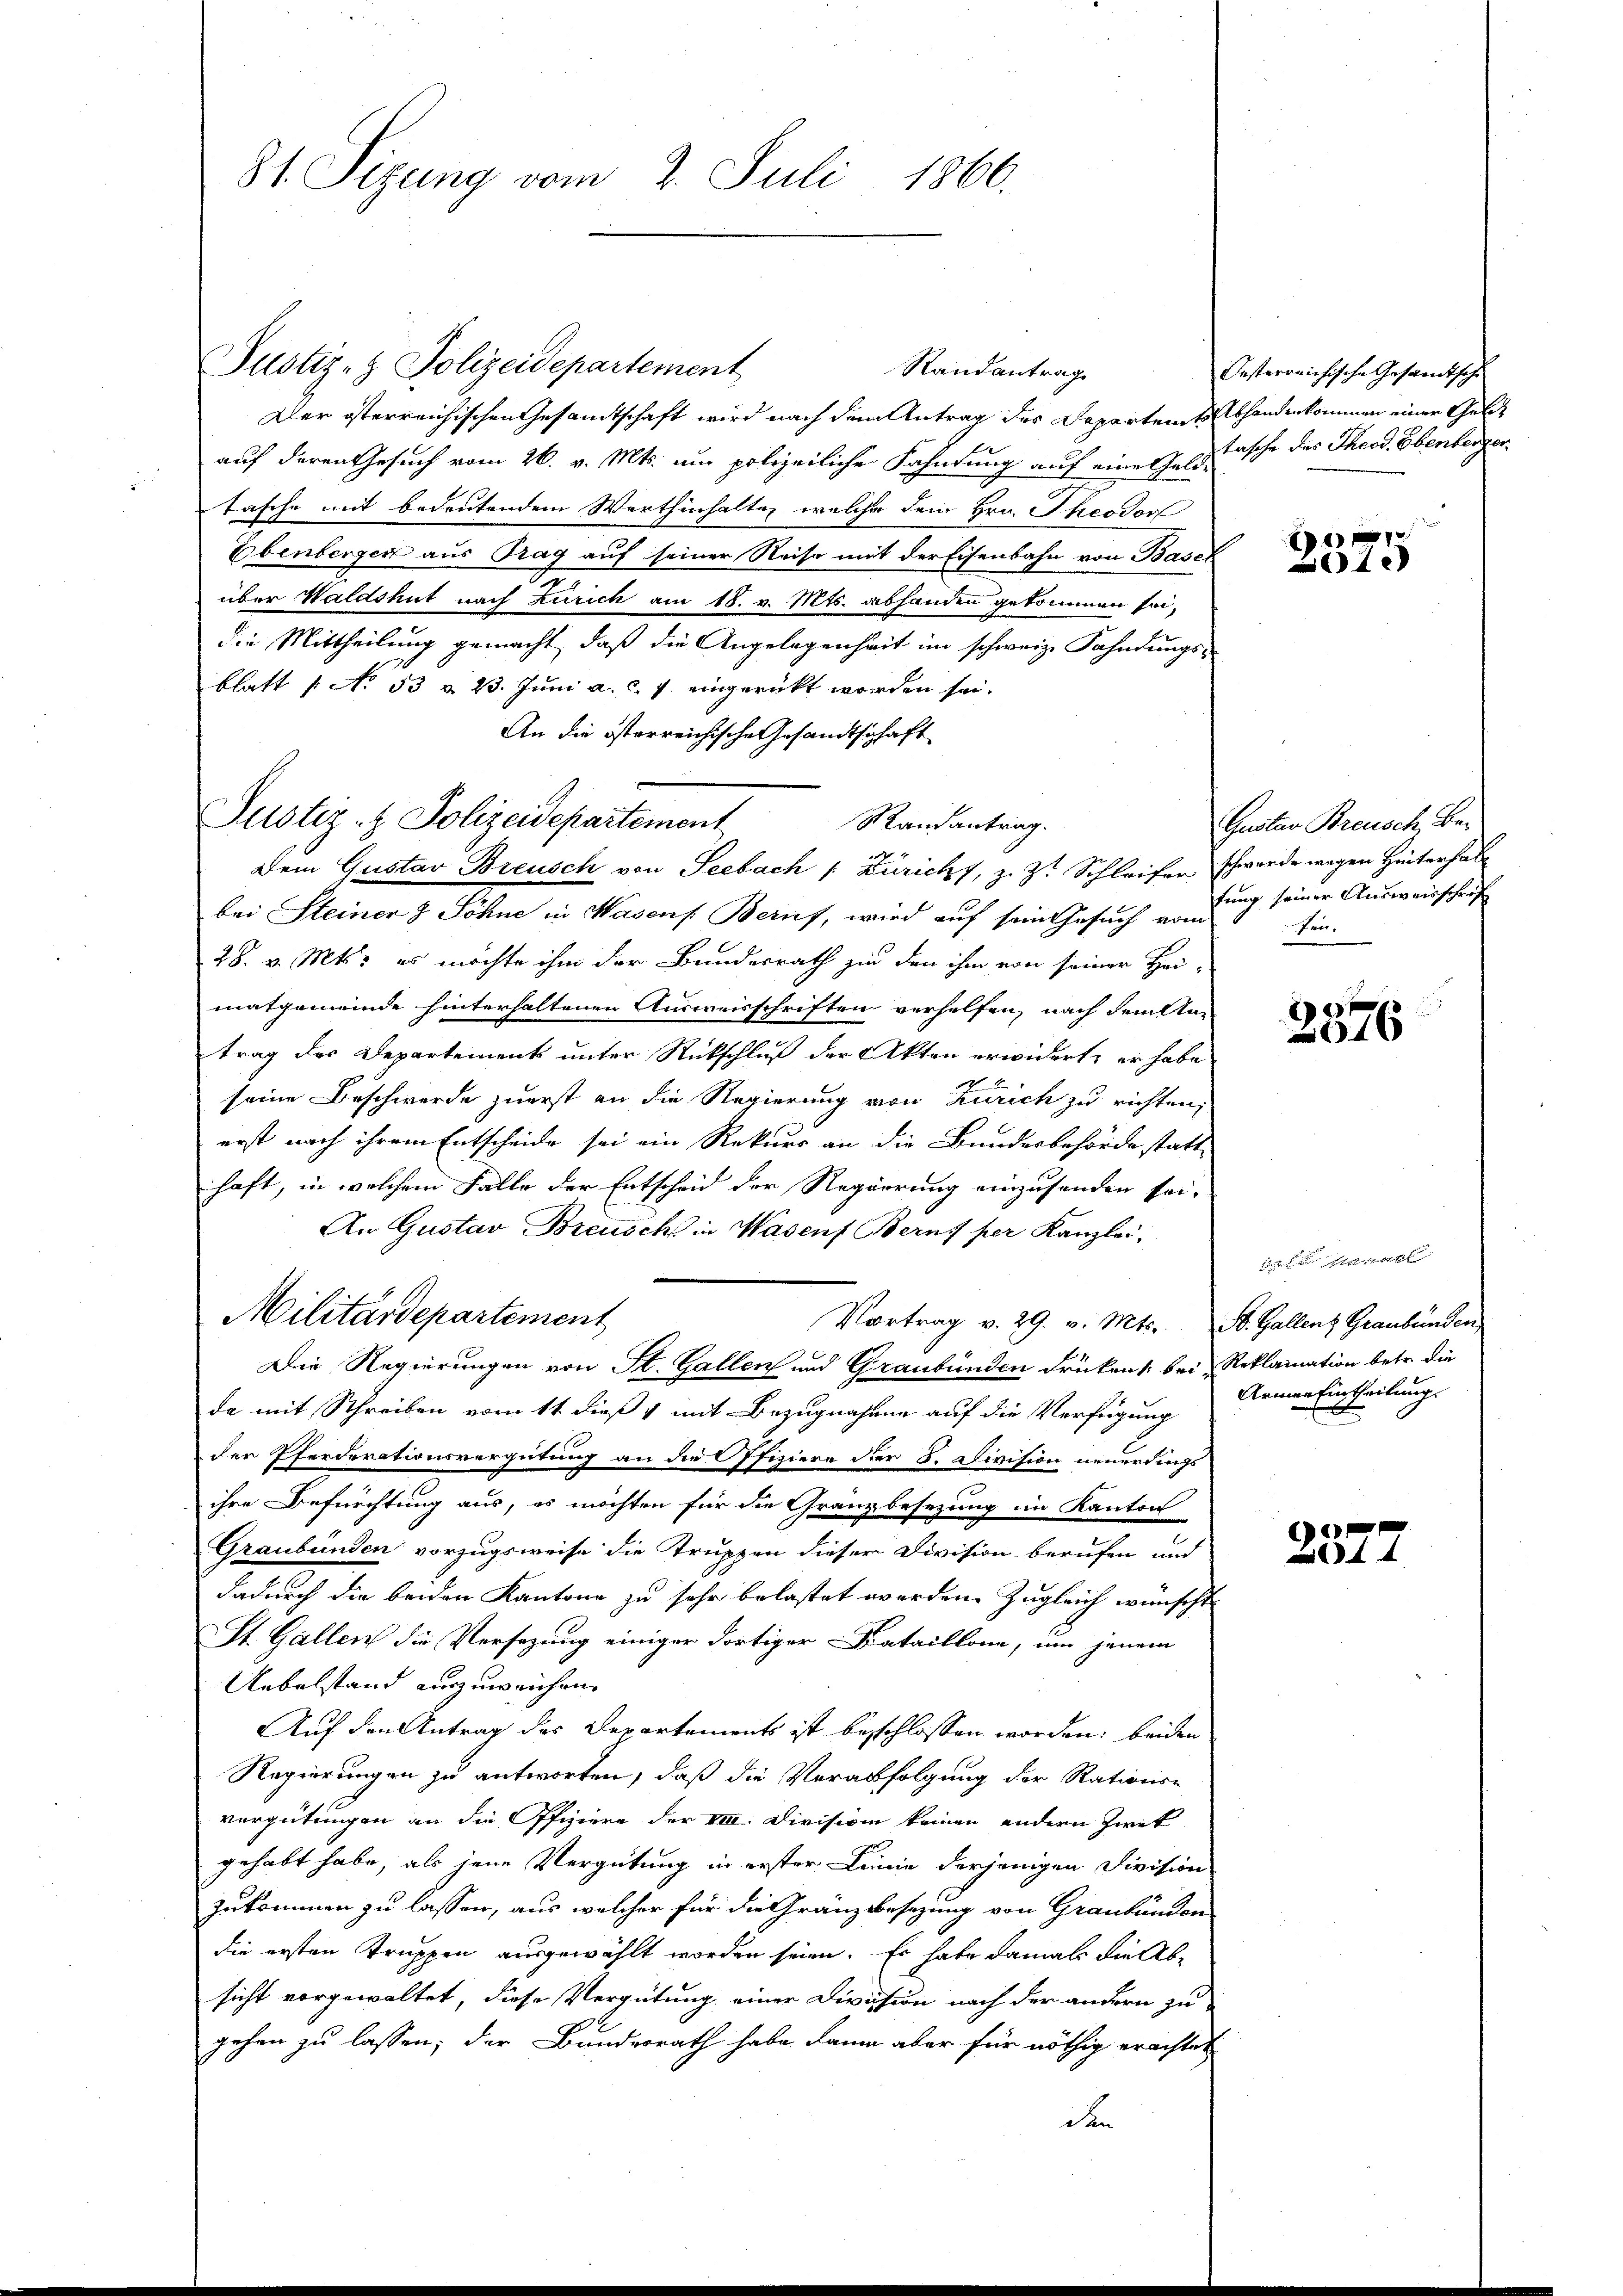
8t. Sizung vom 2. Juli 1866.

Justiz- & Polizeidepartement
Dem Gustav Breusch von Seebach /: Züricht, z. Zt. Schleifer Schwerde wegen Hinterhal

Justiz- & Polizeidepartement
Randantrag
Der österreichischen Gesandtschaft wird nach dem Antrag des Departent Abhandenkommen einer Geldauf deren Gesuch vom 26. v. Mts. um polizeiliche Fahndung auf eine Geld-
tasche mit bedeutendem Warthinhalten, welche dem Hrn. Theodor
Ebenberger aus Trag auf seiner Reise mit der Eisenbahn von Basel
über Waldshut nach Zürich am 18. v. Mts. abhanden gekommen sei,
die Mittheilung gemacht, daß die Angelegenheit im schweize Fahndungs-
blatt No 33 & 23. Juni a. c. 7. eingerückt worden sei.
An die österreichische Gesandtschaft
bei Steiner & Söhne in Wasens. Beruf, wird auf sein Gesuch vom
28. v. Mts. es möchte ihm der Bundesrath zu den ihm von seiner Hei-
matgemeinde hinterhaltenen Ausweisschriften verhelfen, nach Feilten
trag des Departements unter Rückschluß der Akten erwidert, er habe
seine Beschwerde zuerst an die Regierung von Zürich zu richten,
erst nach ihrem Entscheide sei ein Rekurs an die Bundesbehörde statthaft, in welchem Falle der Entscheid der Regierung einzusenden sei,
An Gustav Breusch in Wasenf Berns per Kanzlei,
Militärdepartement
Vortrag v. 29. v. Mts. St. Gallenz Graubünden
Die Regierungen von St. Gallen und Graubünden drücken 1. bei Reklamation betr. die
da mit Schreiben vom 11. dieß 1 mit Bezugnahme auf die Verfügung
der Pferderationsvergütung an die Offiziere der 8. Division neuerdings
ihre Befürchtung aus, es möchten für die Gränzbesezung im Kanton
Graubünden vorzugsweise die Truppen dieser Division berufen und
dadurch die beiden Kantone zu sehr belastet werden. Zugleich wünscht
St. Gallen die Versezung einiger dortiger Bataillone, um jenem
Uebelstand einzuweichen.
Auf den Antrag des Departements ist beschlossen worden; beiden
Regierungen zu antworten, daß die Verabfolgung der Rations-
vergütungen an die Offiziere der VIII. Division keinen andern Zwet
gehabt habe, als jene Vergütung in erster Linne derjenigen Division
zukommen zu lassen, aus welcher für die Gränzbesezung von Graubünden
die ersten Truppen ausgewählt worden seien. Es habe damals die Absicht vorgewaltet, diese Vergütung einer Division nach der andern zu
gehen zu lassen; der Bundesrath habe dann aber für nöthig erachtet
den

Randantrag.

Oesterreichische Gesandtsche
tasche des Theod. Ebenberger

1 f 0 x
1.

Gustan Breusch, Betung seiner Ausweisschrif
fen.

2376

Armen Eintheilung.

e
144